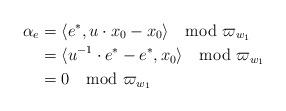
LaTeX: \begin{align*} \alpha_e &= \langle e^*, u\cdot x_0 - x_0 \rangle \mod \varpi_{w_1} \\ &= \langle u^{-1} \cdot e^* - e^*, x_0 \rangle \mod \varpi_{w_1} \\ &= 0 \mod \varpi_{w_1} \end{align*}